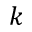
k